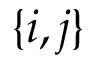
\{ i , j \}